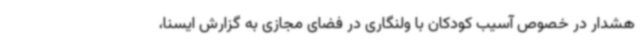
هشدار در خصوص آسیب کودکان با ولنگاری در فضای مجازی به گزارش ایسنا،